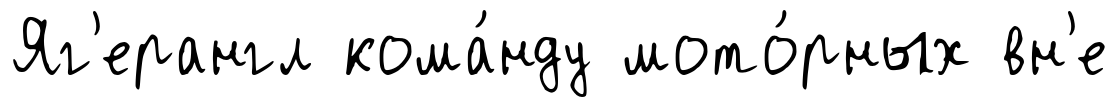
Яг'ерангл кома́нду мото́рных вн'е